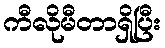
ကီလိုမီတာရှိပြီး